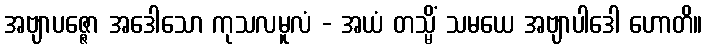
အဗျာပဇ္ဇော အဒေါသော ကုသလမူလံ - အယံ တသ္မိံ သမယေ အဗျာပါဒေါ ဟောတိ။